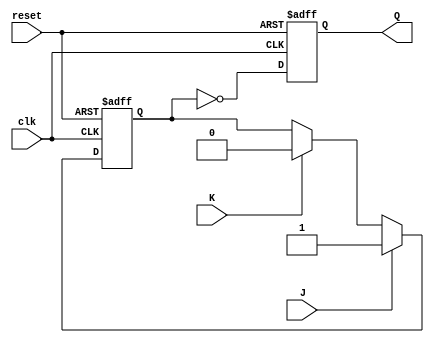
module jk_flip_flop (
    input J,
    input K,
    input clk,
    input reset,
    output reg Q
);

reg Q_master, Q_slave;

always @(posedge clk or posedge reset) begin
    if (reset) begin
        Q_master <= 1'b0;
        Q_slave <= 1'b1;
    end else begin
        Q_master <= J ? 1 : K ? 0 : Q_master;
        Q_slave <= ~Q_master;
    end
end

assign Q = Q_slave;

endmodule